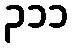
၃၁၁